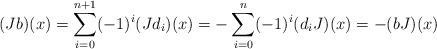
\begin{align*}(Jb)(x) = \sum_{i=0}^{n+1} (-1)^i (Jd_i)(x) = -\sum_{i=0}^n (-1)^i (d_i J)(x) = -(bJ)(x)\end{align*}